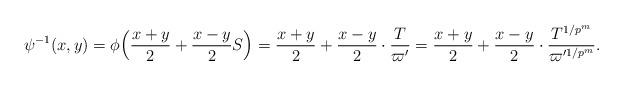
LaTeX: \begin{align*} \psi^{-1}(x,y)=\phi\Bigl(\frac{x+y}{2}+\frac{x-y}{2}S\Bigr)=\frac{x+y}{2}+\frac{x-y}{2}\cdot \frac{T}{\varpi'} =\frac{x+y}{2}+\frac{x-y}{2}\cdot \frac{T^{1/p^m}}{\varpi'^{1/p^m}}. \end{align*}